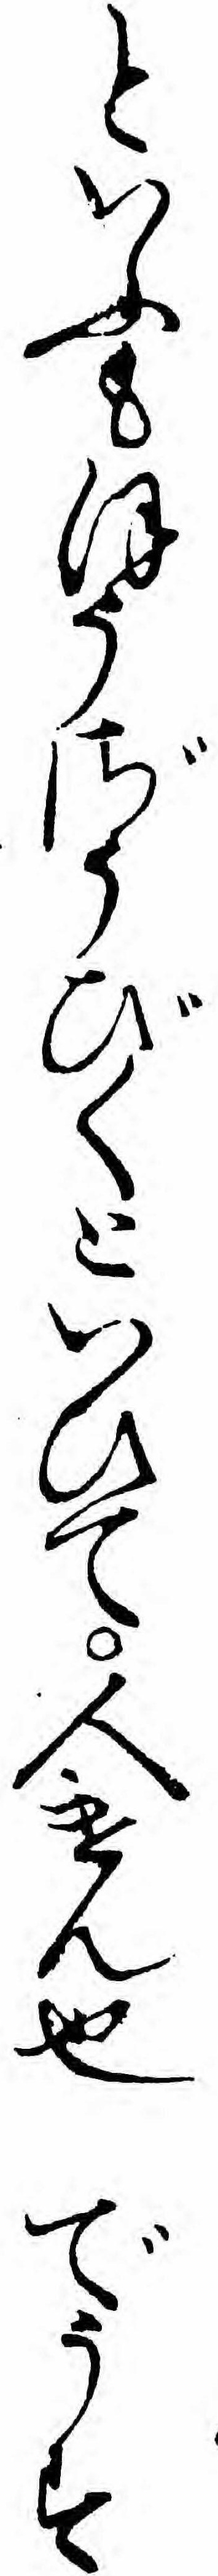
といふもほうざうびくといひて人けん也でうす